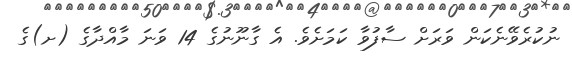
ނުކުރެވޭނެކަން ވަރަށް ސާފުވާ ކަމަށެވެ. އެ ގާނޫނުގެ 14 ވަނަ މާއްދާގެ (ށ)ގެ